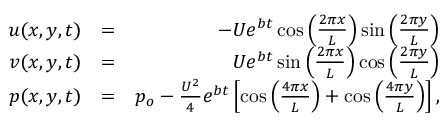
\begin{array} { r l r } { u ( x , y , t ) } & { = } & { - U e ^ { b t } \cos { \left( \frac { 2 \pi x } { L } \right) } \sin { \left( \frac { 2 \pi y } { L } \right) } } \\ { v ( x , y , t ) } & { = } & { U e ^ { b t } \sin { \left( \frac { 2 \pi x } { L } \right) } \cos { \left( \frac { 2 \pi y } { L } \right) } } \\ { p ( x , y , t ) } & { = } & { p _ { o } - \frac { U ^ { 2 } } { 4 } e ^ { b t } \left[ \cos { \left( \frac { 4 \pi x } { L } \right) } + \cos { \left( \frac { 4 \pi y } { L } \right) } \right] , } \end{array}